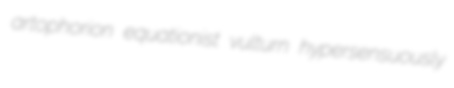
artophorion equationist vulturn hypersensuously